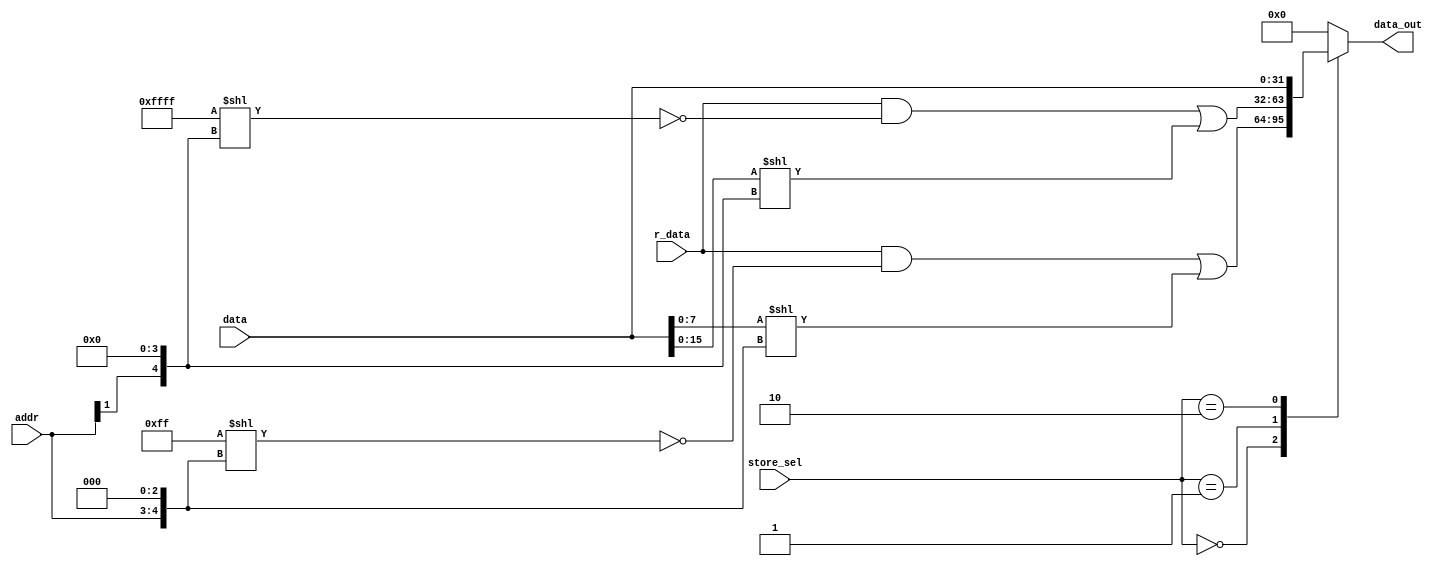
`timescale 1ns / 1ps
//////////////////////////////////////////////////////////////////////////////////
// Company: 
// Engineer: 
// 
// Design Name: 
// Module Name: store
// Project Name: 
// Target Devices: 
// Tool Versions: 
// Description: 
// 
// Dependencies: 
// 
// Revision:
// Revision 0.01 - File Created
// Additional Comments:
// 
//////////////////////////////////////////////////////////////////////////////////


module store(      input [31:0] data, 
                   input [31:0] r_data,
                   input [2:0] store_sel,
                   input [1:0] addr,
                   output reg [31:0] data_out

    );
    always @(*)
                   begin
                   case (store_sel)
                   2'b00: data_out= (r_data & ~(32'h000000ff << ({3'd0,addr[1:0]} << 3))) | ({24'h000000,data[7:0]}<<({3'd0,addr[1:0]}<<3));       //store byte
                   2'b01: data_out= (r_data & ~(32'h0000ffff << ({3'd0,addr[1],1'd0} << 3))) | ({16'h0000,data[15:0]}<<({3'd0,addr[1], 1'd0}<<3));       //store half word
                   2'b10: data_out= data;                        //store word
                   default:data_out=32'h0;
                   endcase
                   end
endmodule